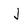
Character: j